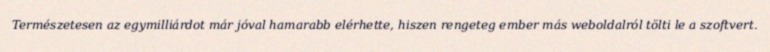
Természetesen az egymilliárdot már jóval hamarabb elérhette, hiszen rengeteg ember más weboldalról tölti le a szoftvert.